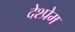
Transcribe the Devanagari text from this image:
देश्प्रेम